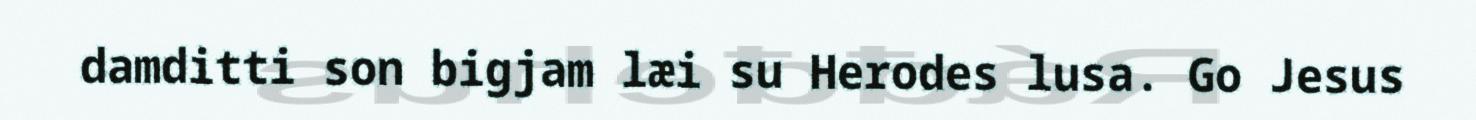
damditti son bigjam læi su Herodes lusa. Go Jesus